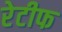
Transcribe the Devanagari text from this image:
रेटीफ